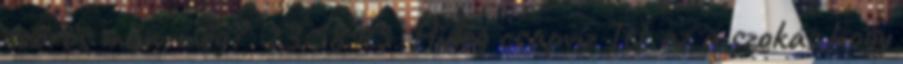
szőrös már még? 23:58:45 Hideg csapvíz Itt az a szokás,hogy